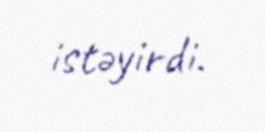
istəyirdi.